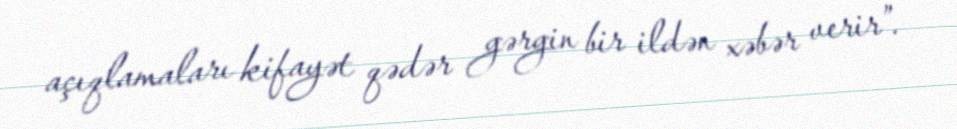
açıqlamaları kifayət qədər gərgin bir ildən xəbər verir”.